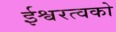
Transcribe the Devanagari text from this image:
ईश्वरत्वको